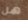
هل